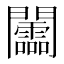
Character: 𨷰